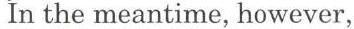
In the meantime, however,